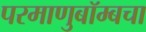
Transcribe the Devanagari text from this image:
परमाणुबॉम्बचा